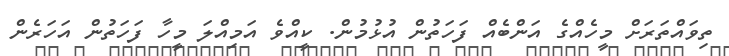
ތިވައްތަރަށް މީހެއްގެ އަންބެއް ފަހަތުން އުޅުމުން. ކީއްވެ އަމިއްލަ މީހާ ފަހަތުން އަހަރެން